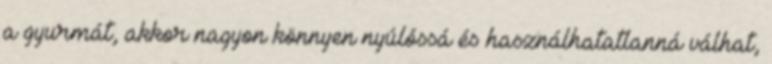
a gyurmát, akkor nagyon könnyen nyúlóssá és használhatatlanná válhat,